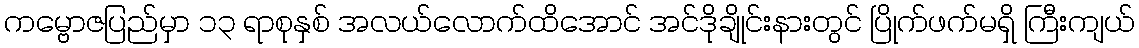
ကမ္ဗောဇပြည်မှာ ၁၃ ရာစုနှစ် အလယ်လောက်ထိအောင် အင်ဒိုချိုင်းနားတွင် ပြိုက်ဖက်မရှိ ကြီးကျယ်